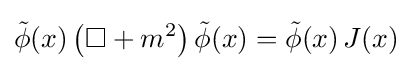
{\tilde {\phi }}(x)\left(\Box +m^{2}\right){\tilde {\phi }}(x)={\tilde {\phi }}(x)\,J(x)